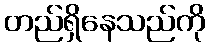
တည်ရှိနေသည်ကို